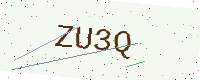
Text: ZU3Q